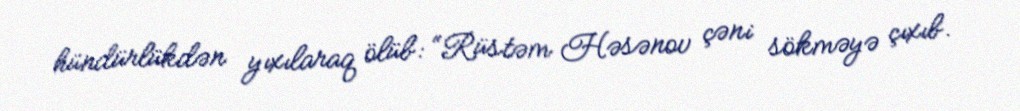
hündürlükdən yıxılaraq ölüb: “Rüstəm Həsənov çəni sökməyə çıxıb.